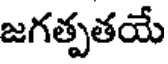
జగత్పతయే